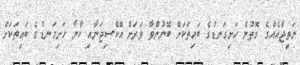
ނަތީޖާއެއްގެ ގޮތުން ހަށިގަނޑުގެ ބައިތަކަށް ބޭނުންވާ ވަރަށް އޮކްސިޖަނާއި ކާނާ ހަށިގަނޑުގެ ބައިތަކަށް